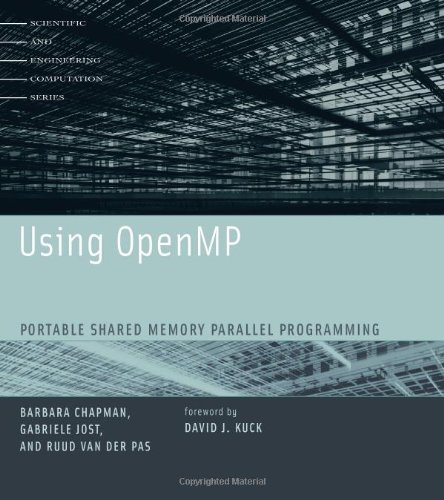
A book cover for Using OpenMP: Portable Shared Memory Parallel Programming (Scientific and Engineering Computation); Barbara Chapman; Computers & Technology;